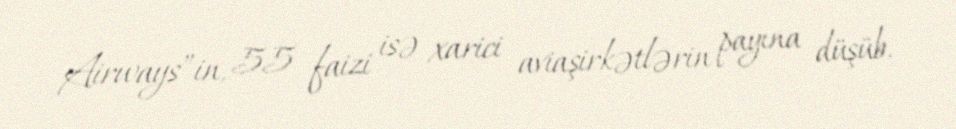
Airways”in, 55 faizi isə xarici aviaşirkətlərin payına düşüb.